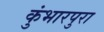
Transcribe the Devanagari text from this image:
कुंभारपुरा